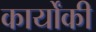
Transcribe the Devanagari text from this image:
कार्योंकी